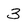
Character: 3